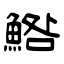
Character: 鯦